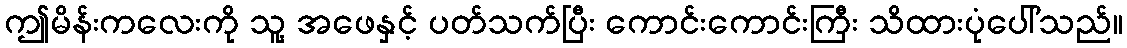
ဤမိန်းကလေးကို သူ့ အဖေနှင့် ပတ်သက်ပြီး ကောင်းကောင်းကြီး သိထားပုံပေါ်သည်။